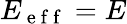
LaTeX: E_{\mathrm{~e~f~f~}}=E